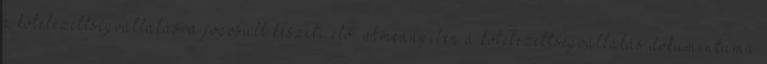
a kötelezettségvállalásra jogosult készíti elő. Amennyiben a kötelezettségvállalás dokumentuma